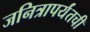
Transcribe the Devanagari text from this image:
जनित्रापर्यंतची